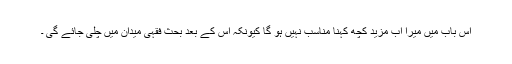
اس باب میں میرا اب مزید کچھ کہنا مناسب نہیں ہو گا کیونکہ اس کے بعد بحث فقہی میدان میں چلی جائے گی ۔